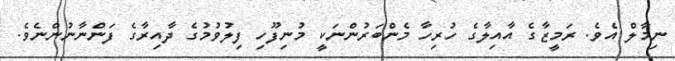
ނިމާލް އެވެ. ރަމީޒާގެ އާއިލާގެ ހުރިހާ މެންބަރުންނަކީ މުނިފޫހި ފިލުވުމުގެ ދާއިރާގެ ފަންނާނުންނެވެ.